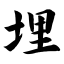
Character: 埋